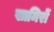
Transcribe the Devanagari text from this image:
खामिरों